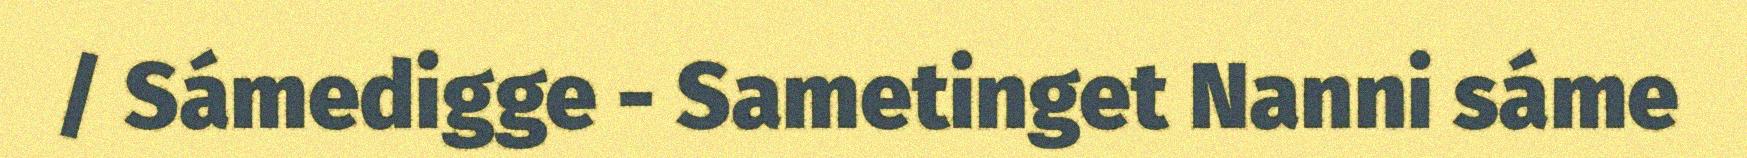
/ Sámedigge - Sametinget Nanni sáme